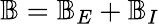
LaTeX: \mathbb{B}=\mathbb{B}_{E}+\mathbb{B}_{I}